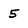
Character: 5